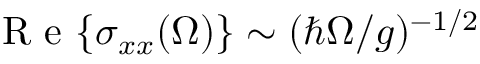
\mathrm { ~ R ~ e ~ } { \left\{ \sigma _ { x x } ( \Omega ) \right\} } \sim ( \hbar \Omega / g ) ^ { - 1 / 2 }